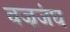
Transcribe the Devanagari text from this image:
वज्रजंघ